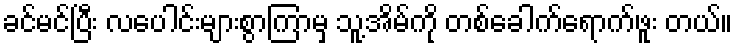
ခင်မင်ပြီး လပေါင်းများစွာကြာမှ သူ့အိမ်ကို တစ်ခေါက်ရောက်ဖူး တယ်။